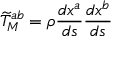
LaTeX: { \widetilde { T } } _ { M } ^ { a b } = \rho { \frac { d x ^ { a } } { d s } } { \frac { d x ^ { b } } { d s } }